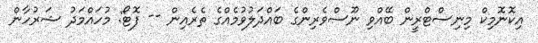
އިކޮނޮމިކް މިނިސްޓްރީން ބޭއްވި ނޫސްވެރިންގެ ބައްދަލުވުމެއްގެ ތެރެއިން -- ފޮޓޯ: މުހައްމަދު ޝަރުހާން